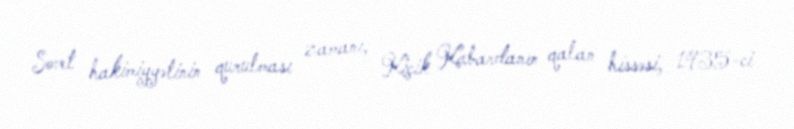
Sovet hakimiyyətinin qurulması zamanı, Kiçik Kabardanın qalan hissəsi, 1935-ci